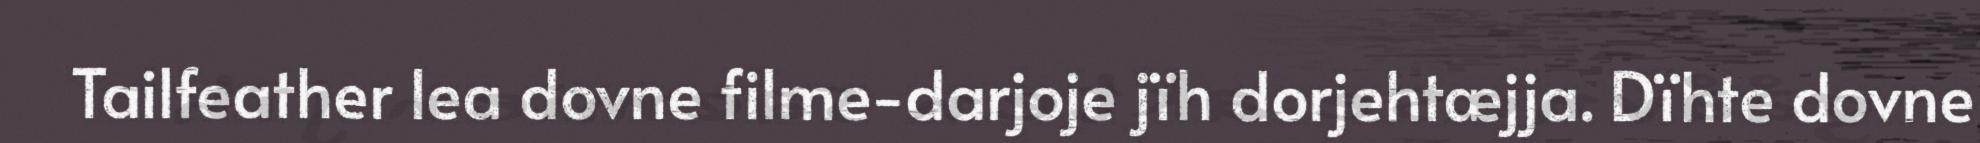
Tailfeather lea dovne filme-darjoje jïh dorjehtæjja. Dïhte dovne